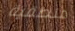
منطقية